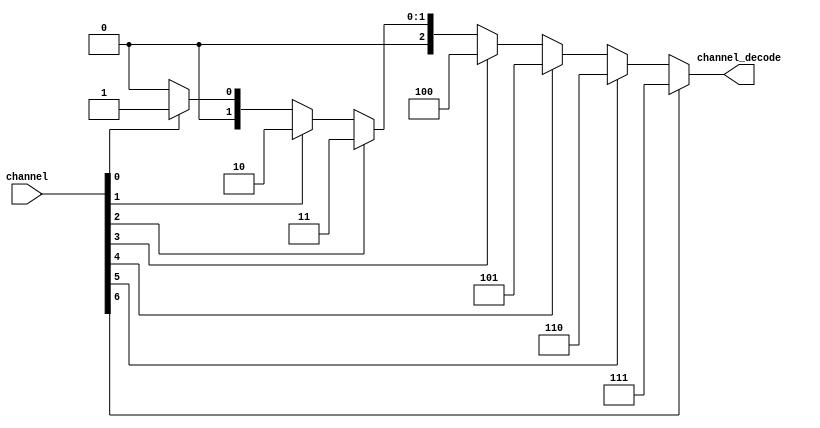
module encoder( input wire [6:0] channel,
           output reg [2:0] channel_decode
           );

	always @(*) begin

			if(channel[6] == 1) begin
				channel_decode = 3'b111;
			end
			else if(channel[5] == 1) begin
				channel_decode = 3'b110;
			end
			else if(channel[4] == 1) begin
				channel_decode = 3'b101;
			end
			else if(channel[3] == 1) begin
				channel_decode = 3'b100;
			end
			else if(channel[2] == 1) begin
				channel_decode = 3'b011;
			end
			else if(channel[1] == 1) begin
				channel_decode = 3'b010;
			end
			else if(channel[0] == 1) begin
				channel_decode = 3'b001;
			end
			else begin
				channel_decode = 3'b0;
			end
				
	end

endmodule